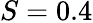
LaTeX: S=0.4